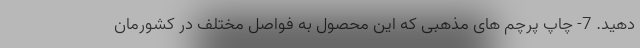
دهید. 7- چاپ پرچم های مذهبی که این محصول به فواصل مختلف در کشورمان